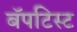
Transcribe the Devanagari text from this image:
बॅपटिस्ट